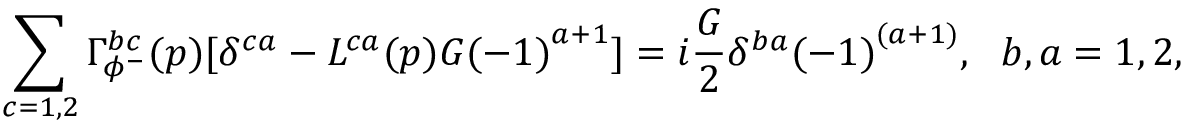
\sum _ { c = 1 , 2 } \Gamma _ { \phi ^ { - } } ^ { b c } ( p ) [ \delta ^ { c a } - L ^ { c a } ( p ) G { ( - 1 ) } ^ { a + 1 } ] = i \frac { G } { 2 } \delta ^ { b a } { ( - 1 ) } ^ { ( a + 1 ) } , \ \ b , a = 1 , 2 ,